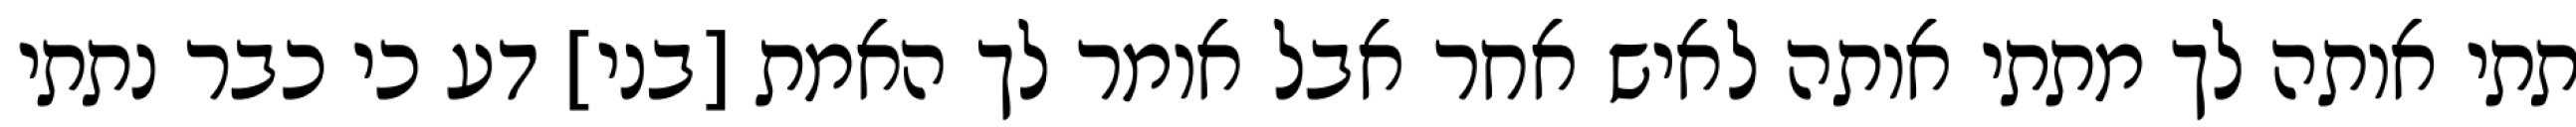
תתי אותה לך מתתי אותה לאיש אחר אבל אומר לך האמת [בני] דע כי כבר נתתי